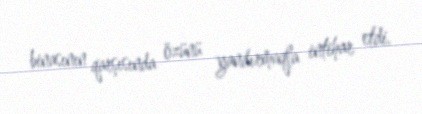
binasının qarşısında özünü yandırmaqla intihar etdi.